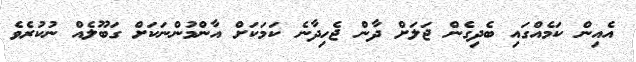
އެއިން ކަމެއްގައި ބެދިގެން ޖަލަށް ދާން ޖެހިދާނެ ކަމަކަށް އާންމުންނަކަށް ގަބޫލެއް ނުކުރެވެ